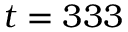
t = 3 3 3